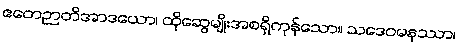
ဧတေဉာတိအာဒယော၊ ထိုဆွေမျိုးအစရှိကုန်သော။ သဒေဝမနုဿာ၊